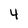
Character: 4